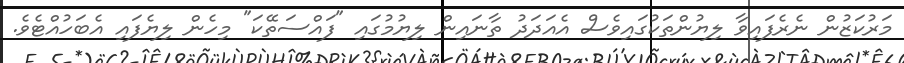
މަރުކަޒުން ނެރެފައިވާ ލިޔުންތަކުގައިވެސް އެއަދަދު ތާނައިން ލިޔުމުގައި "ފައްސަތޭކަ" މިހެން ލިޔެފައި އެބަހުއްޓެވެ.